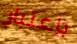
بإعتبار